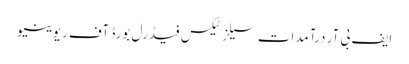
ایف بی آر درآمدات سیلز ٹیکس فیڈرل بورڈ آف ریوینیو